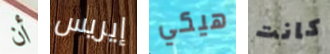
أن إيريس هيكي كانت